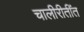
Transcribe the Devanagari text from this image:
चालीरीतींत